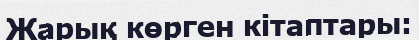
Жарық көрген кітаптары: